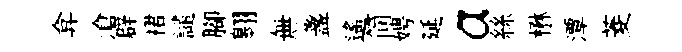
弇滄辟裙譴腳翱無盞遙简娉延a絲楙潭菱